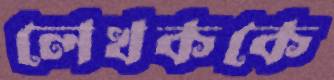
লেখককে